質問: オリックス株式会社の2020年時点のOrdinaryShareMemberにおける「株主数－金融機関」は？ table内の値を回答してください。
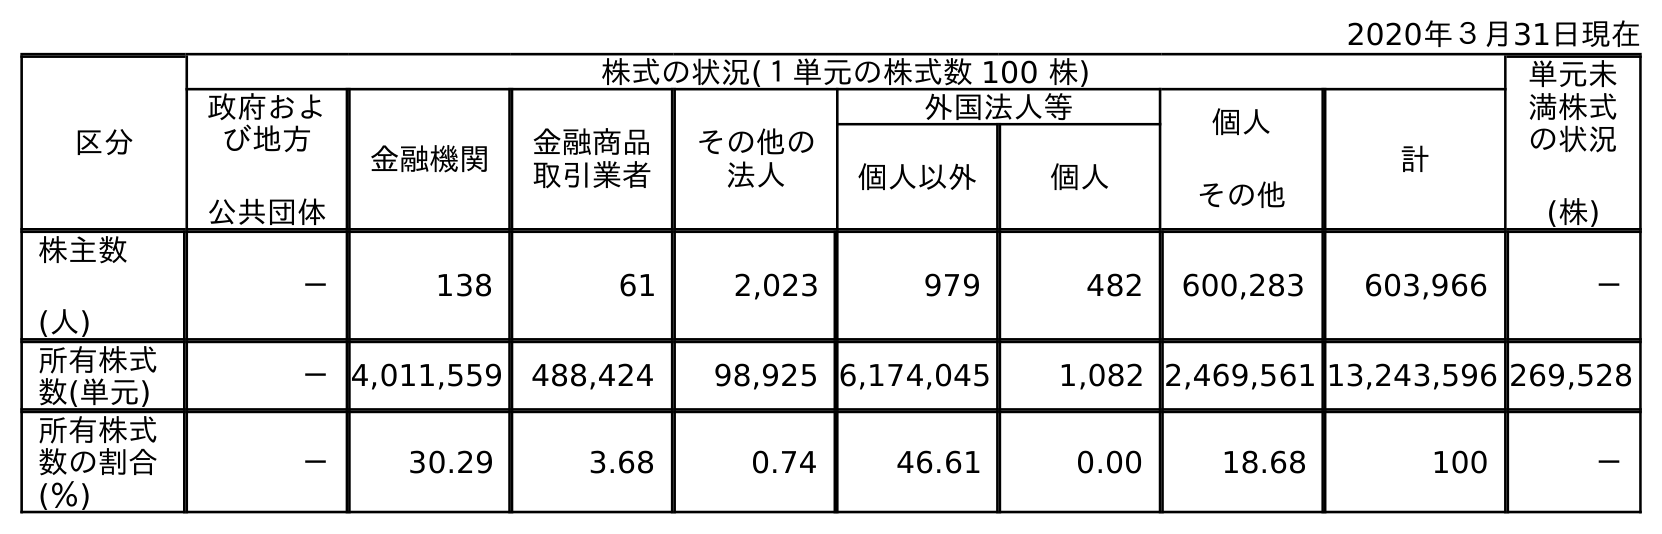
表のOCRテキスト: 2020年３月31日現在 区分 株式の状況(１単元の株式数 100 株) 単元未 満株式 の状況 (株) 政府およ び地方 公共団体 金融機関 金融商品 取引業者 その他の 法人 外国法人等 個人 その他 計 個人以外 個人 株主数 (人) － 138 61 2,023 979 482 600,283 603,966 － 所有株式 数(単元) －4,011,559 488,424 98,925 6,174,045 1,082 2,469,561 13,243,596 269,528 所有株式 数の割合 (％) － 30.29 3.68 0.74 46.61 0.00 18.68 100 －
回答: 138